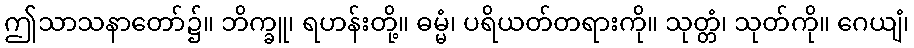
ဤသာသနာတော်၌။ ဘိက္ခူ၊ ရဟန်းတို့။ ဓမ္မံ၊ ပရိယတ်တရားကို။ သုတ္တံ၊ သုတ်ကို။ ဂေယျံ၊